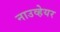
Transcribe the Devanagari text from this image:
नाउव्हेयर